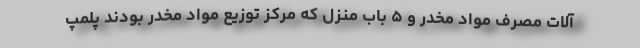
آلات مصرف مواد مخدر و ۵ باب منزل که مرکز توزیع مواد مخدر بودند پلمپ